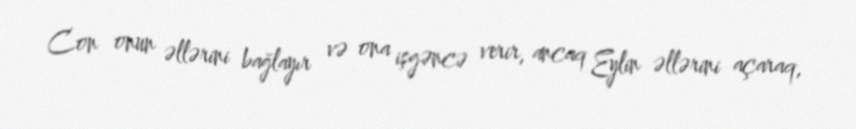
Con onun əllərini bağlayır və ona işgəncə verir, ancaq Eylin əllərini açaraq,